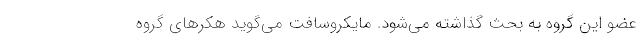
عضو این گروه به بحث گذاشته می‌شود. مایکروسافت می‌گوید هکرهای گروه